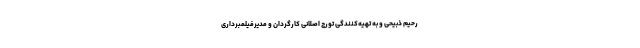
رحیم ذبیحی و به تهیه‌کنندگی تورج اصلانی کارگردان و مدیرفیلمبرداری